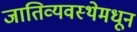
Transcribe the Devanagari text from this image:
जातिव्यवस्थेमधून